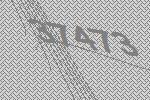
37473